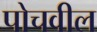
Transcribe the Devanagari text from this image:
पोचवील